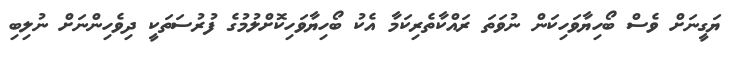
ޔަގީނަށް ވެސް ބޯހިޔާވަހިކަން ނުވަތަ ރައްކާތެރިކަމާ އެކު ބޯހިޔާވަހިކޮށްލުމުގެ ފުރުސަތަކީ ދިވެހިންނަށް ނުލިބި